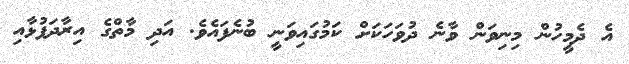
އެ ދެމީހުން މިނިވަން ވާނެ ދުވަހަކަށް ކަމުގައިވަނީ ބުނެފައެވެ. އަދި މާތްގެ އިރާދަފުޅާއި